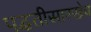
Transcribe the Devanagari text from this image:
पद्धतीसारखेच